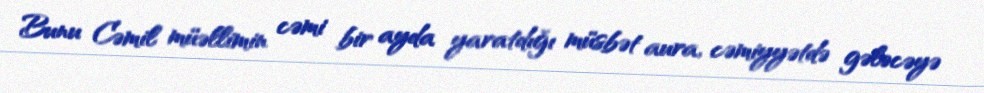
Bunu Cəmil müəllimin cəmi bir ayda yaratdığı müsbət aura, cəmiyyətdə gələcəyə